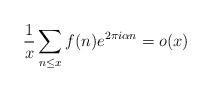
LaTeX: \begin{align*}\frac{1}{x}\sum_{n\leq x} f(n) e^{2\pi i \alpha n} = o(x) \end{align*}